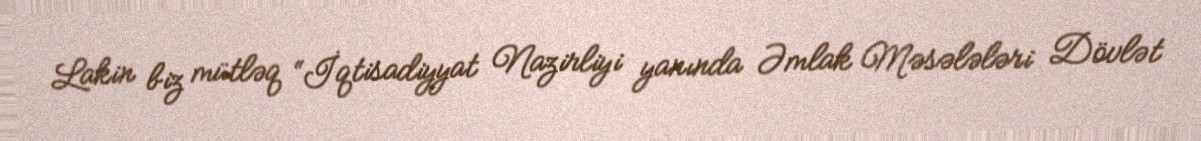
Lakin biz mütləq “İqtisadiyyat Nazirliyi yanında Əmlak Məsələləri Dövlət